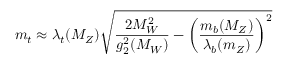
m _ { t } \approx \lambda _ { t } ( M _ { Z } ) \sqrt { { \frac { 2 M _ { W } ^ { 2 } } { g _ { 2 } ^ { 2 } ( M _ { W } ) } } - \left( { \frac { m _ { b } ( M _ { Z } ) } { \lambda _ { b } ( m _ { Z } ) } } \right) ^ { 2 } }